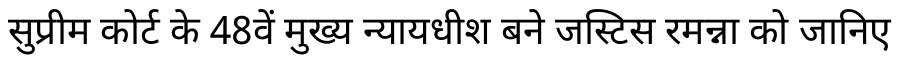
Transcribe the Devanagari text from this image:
सुप्रीम कोर्ट के 48वें मुख्य न्यायधीश बने जस्टिस रमन्ना को जानिए